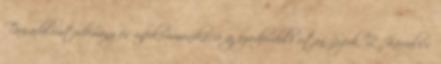
Társadalomtudomány és infokommunikáció az ezredforduló után. Szerk. Z. Karvalics